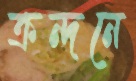
ক্রন্দনে